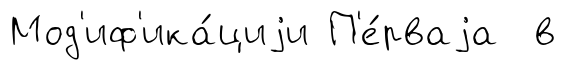
Мод'иф'ика́циjи П'е́рваjа в